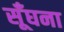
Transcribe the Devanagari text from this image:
सूँघना